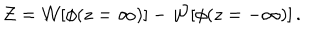
LaTeX: { \cal Z } = { \cal W } [ \phi ( z = \infty ) ] - { \cal W } [ \phi ( z = - \infty ) ] \, .